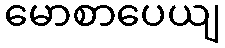
မောစာပေယျ